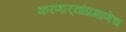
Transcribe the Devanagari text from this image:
करणार्‍यांप्रमाणेच